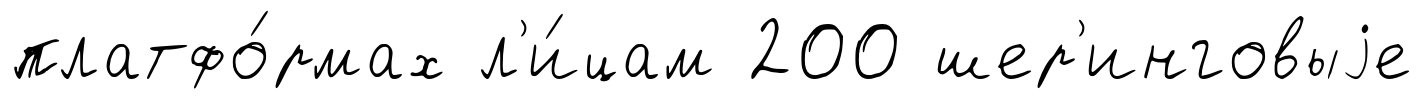
платфо́рмах л'и́цам 200 шер'инговыjе